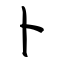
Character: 卜